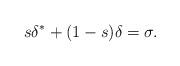
LaTeX: \begin{align*}s\delta^* + (1-s)\delta = \sigma.\end{align*}